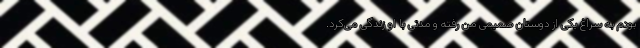
بودم به سراغ یکی از دوستان صمیمی من رفته و مدتی با او زندگی می‌کرد.